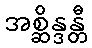
အစ္ဆိန္ဒန္တီ